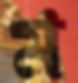
ম